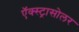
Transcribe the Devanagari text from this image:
ऍक्स्ट्रासोलर